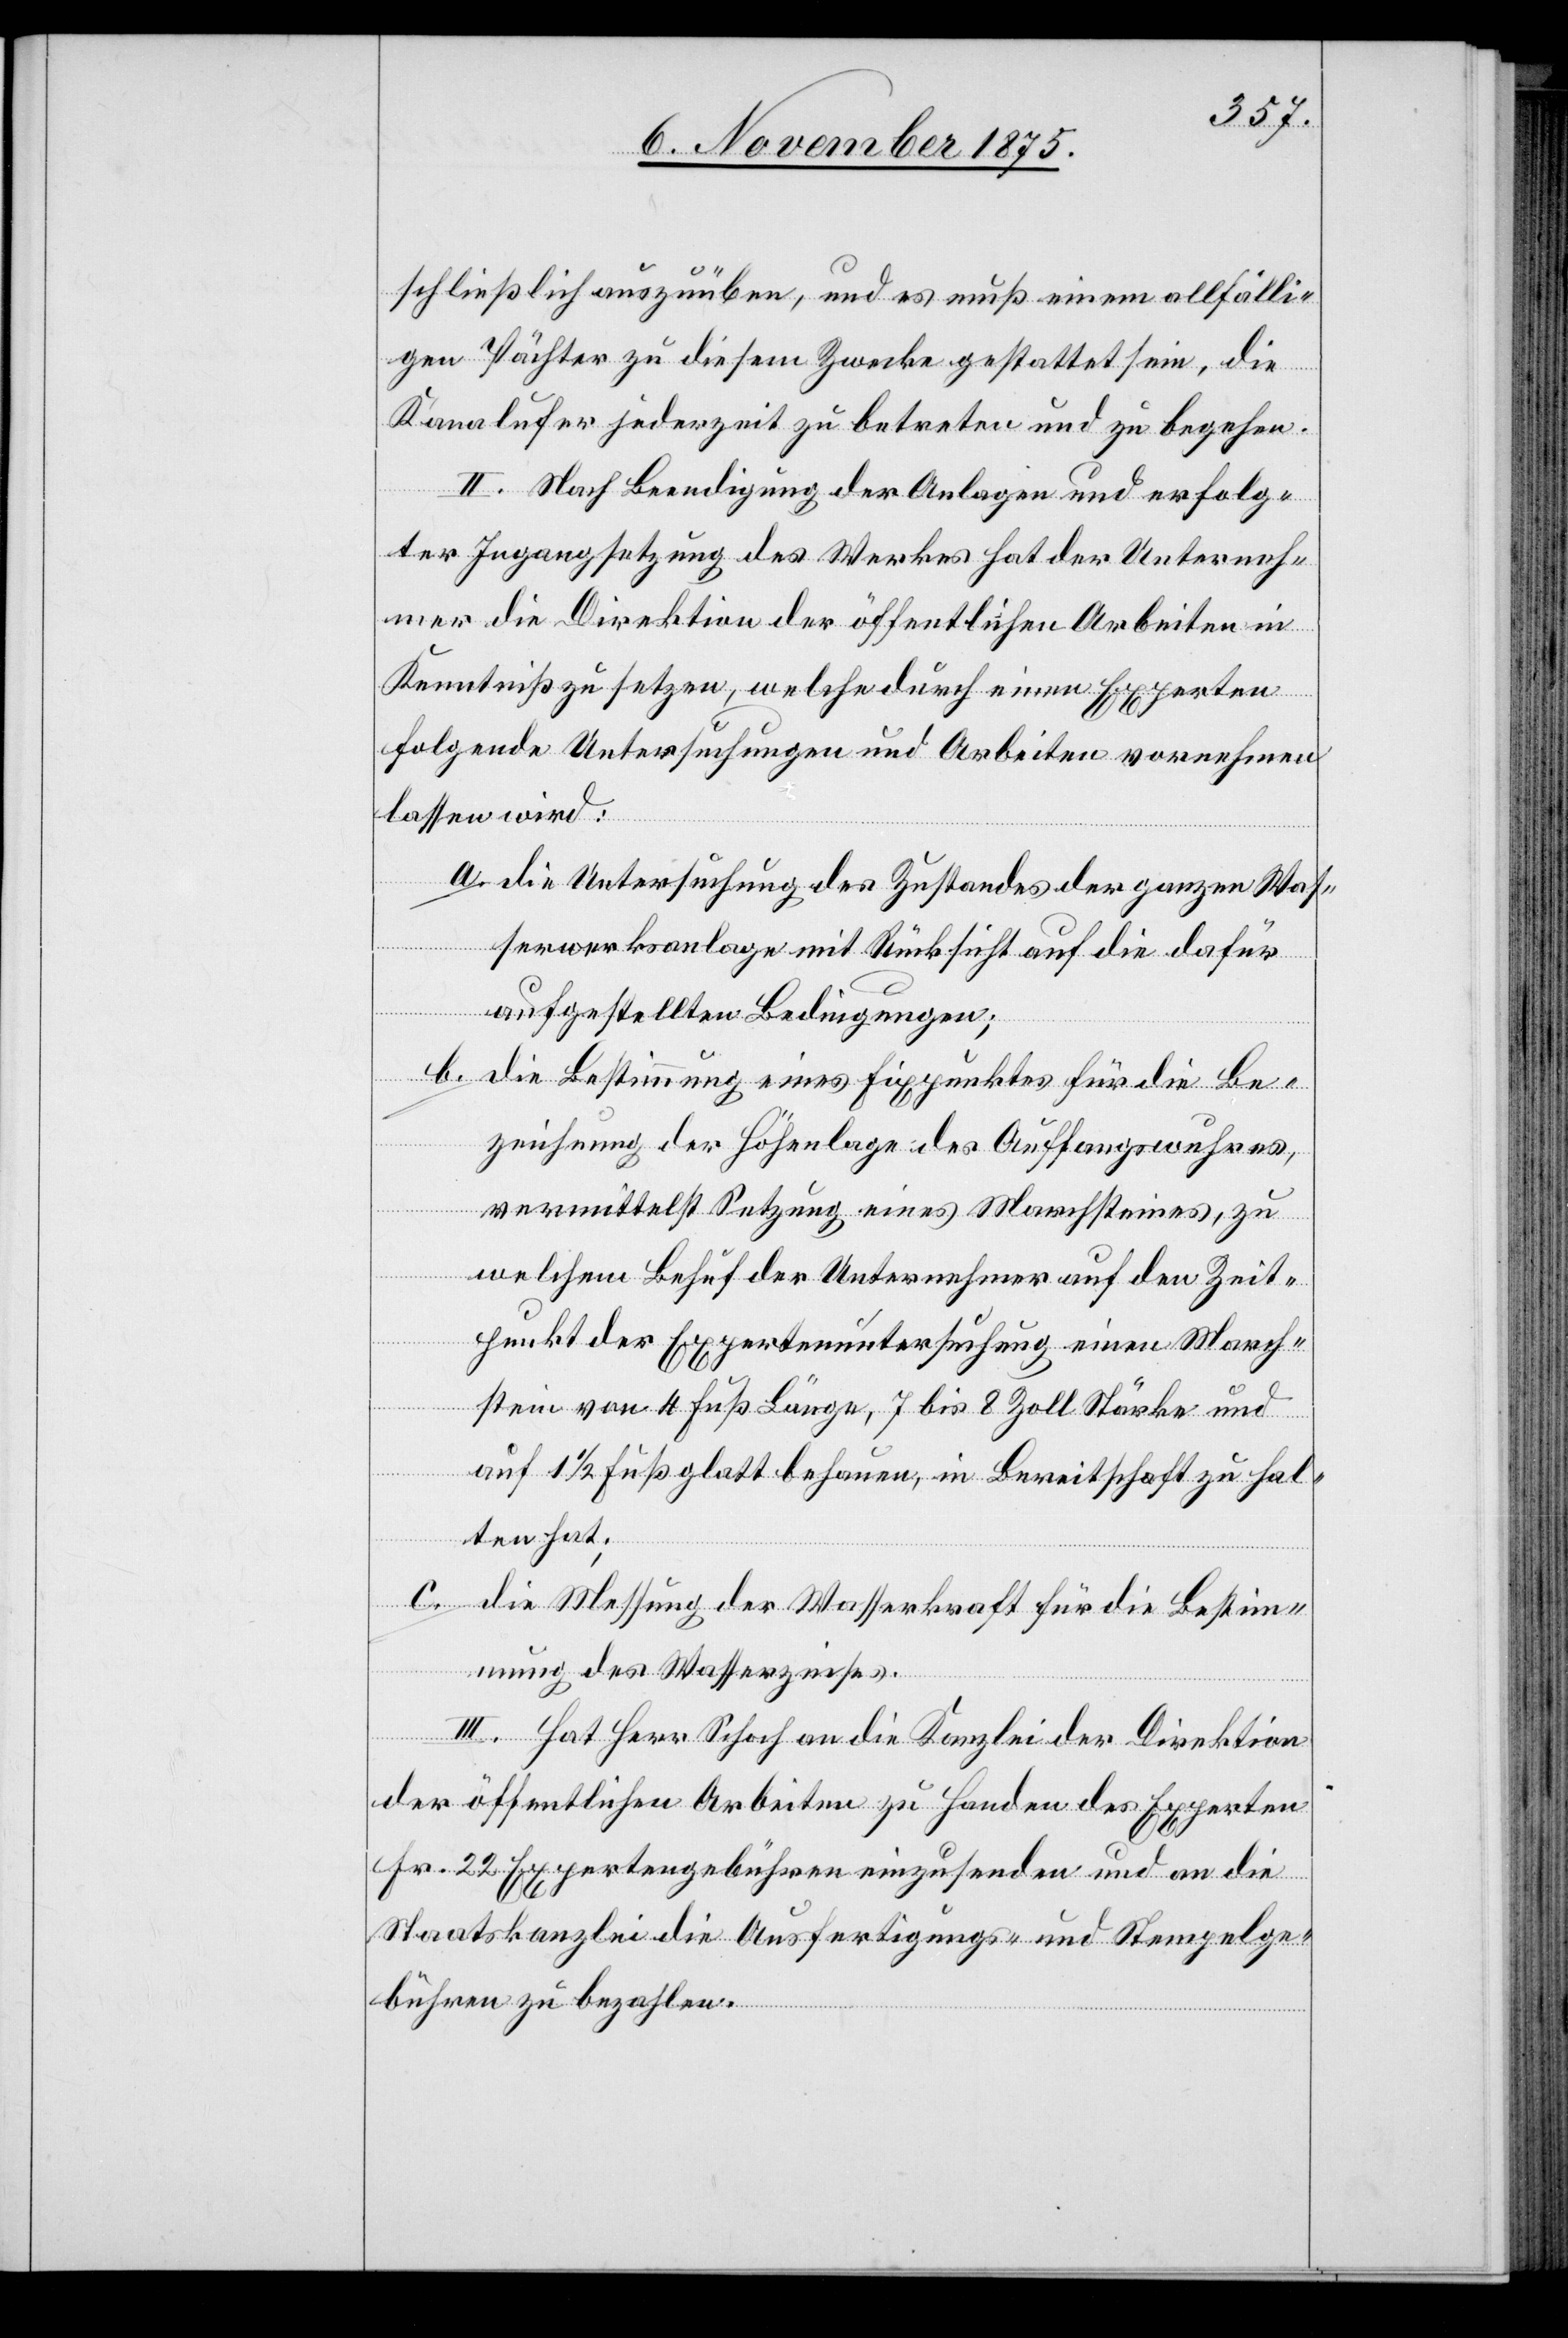
schließlich auszuüben, und es muß einem allfälli¬
gen Pächter zu diesem Zwecke gestattet sein, die
Kanalufer jederzeit zu betreten und zu begehen.
II. Nach Beendigung der Anlagen und erfolg¬
ter Ingangsetzung des Werkes hat der Unterneh¬
mer die Direktion der öffentlichen Arbeiten in
Kenntniß zu setzen, welche durch einen Experten
folgende Untersuchungen und Arbeiten vornehmen
lassen wird:
a. die Untersuchung des Zustandes der ganzen Was¬
serwerksanalage mit Rücksicht auf die dafür
aufgestellten Bedingungen;
b. die Bestimmung eines Fixpunktes für die Be¬
zeichnung der Höhenlage des Auffangswuhres,
vermittelst Setzung eines Marchsteines, zu
welchem Behuf der Unternehmer auf den Zeit¬
punkt der Expertenuntersuchung einen March¬
stein von 4 Fuß Länge, 7 bis 8 Zoll Stärke und
auf 1 1/2 Fuß glatt behauen, in Bereitschaft zu hal¬
ten hat;
c. die Messung der Wasserkraft für die Bestim¬
mung des Wasserzinses.
III. Hat Herr Schoch an die Kanzlei der Direktion
der öffentlichen Arbeiten zu Handen des Experten
Fr. 22 Expertengebühren einzusenden und an die
Staatskanzlei die Ausfertigungs- und Stempelge¬
bühren zu bezahlen.